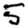
Digit: 5